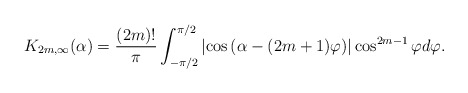
\begin{align*} K_{2m,\infty}(\alpha)={(2m)! \over \pi} \int_{-\pi/2}^{\pi/2}\left |\cos \left ( \alpha -(2m+1)\varphi\right )\right | \cos^{2m-1}\varphi d\varphi .\end{align*}